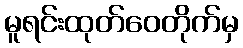
မူရင်းထုတ်ဝေတိုက်မှ